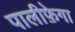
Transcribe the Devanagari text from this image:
पालीफ़ेगा